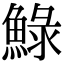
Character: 䱚